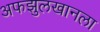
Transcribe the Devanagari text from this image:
अफझुलखानला